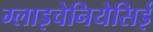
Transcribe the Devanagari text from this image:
ग्लाइचेनियेसिई